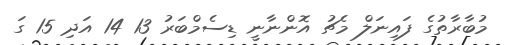
މުބާރާތުގެ ފައިނަލް މެޗު އޮންނާނީ ޑިސެމްބަރު 13 14 އަދި 15 ގަ